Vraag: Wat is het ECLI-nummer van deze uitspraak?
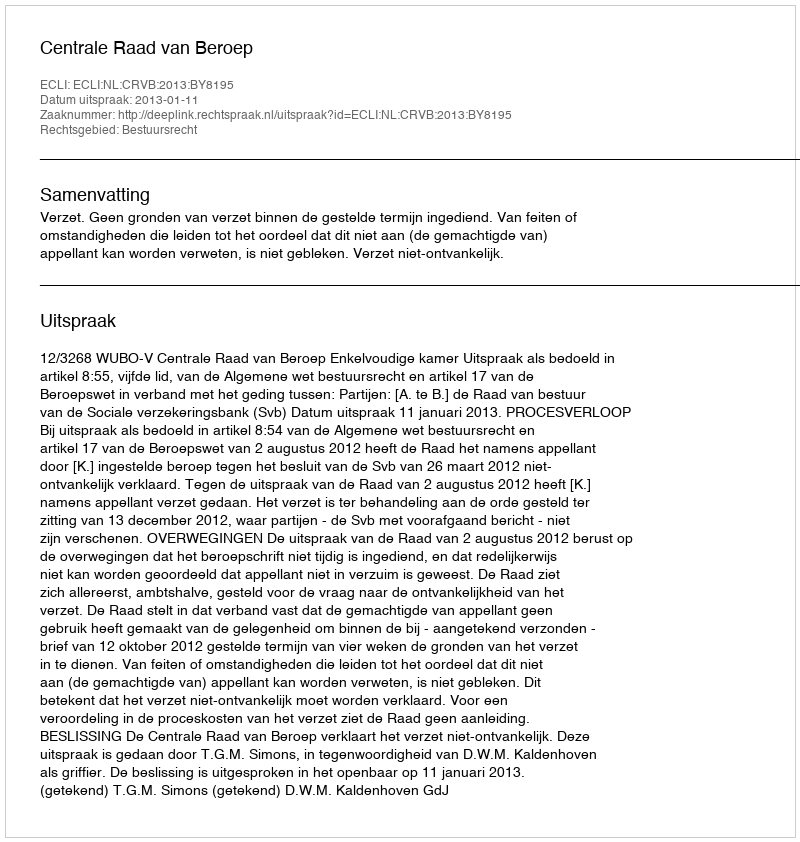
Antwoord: ECLI:NL:CRVB:2013:BY8195